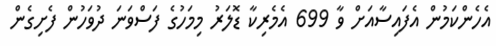
އެހެންކަމުން އެފައިސާއަށް ވާ 699 އެމެރިކާ ޑޮލަރު މިމަހުގެ ފަސްވަނަ ދުވަހުން ފެށިގެން